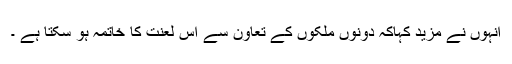
انہوں نے مزید کہاکہ دونوں ملکوں کے تعاون سے اس لعنت کا خاتمہ ہو سکتا ہے ۔